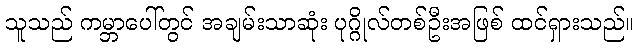
သူသည် ကမ္ဘာပေါ်တွင် အချမ်းသာဆုံး ပုဂ္ဂိုလ်တစ်ဦးအဖြစ် ထင်ရှားသည်။